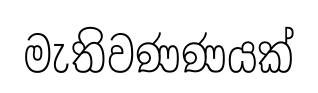
මැතිවණණයක්